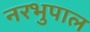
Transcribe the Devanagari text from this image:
नरभुपाल